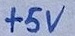
Text: +5V